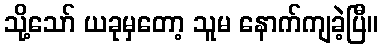
သို့သော် ယခုမှတော့ သူမ နောက်ကျခဲ့ပြီ။